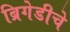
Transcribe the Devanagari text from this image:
ब्रिगेडीचे